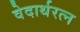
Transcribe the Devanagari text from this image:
वेदार्थरत्न